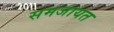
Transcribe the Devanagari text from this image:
समजायत